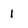
Character: 1